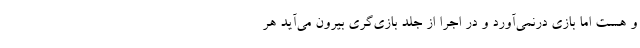
و هست اما بازی درنمی‌آورد و در اجرا از جلد بازی‌گری بیرون می‌آید هر